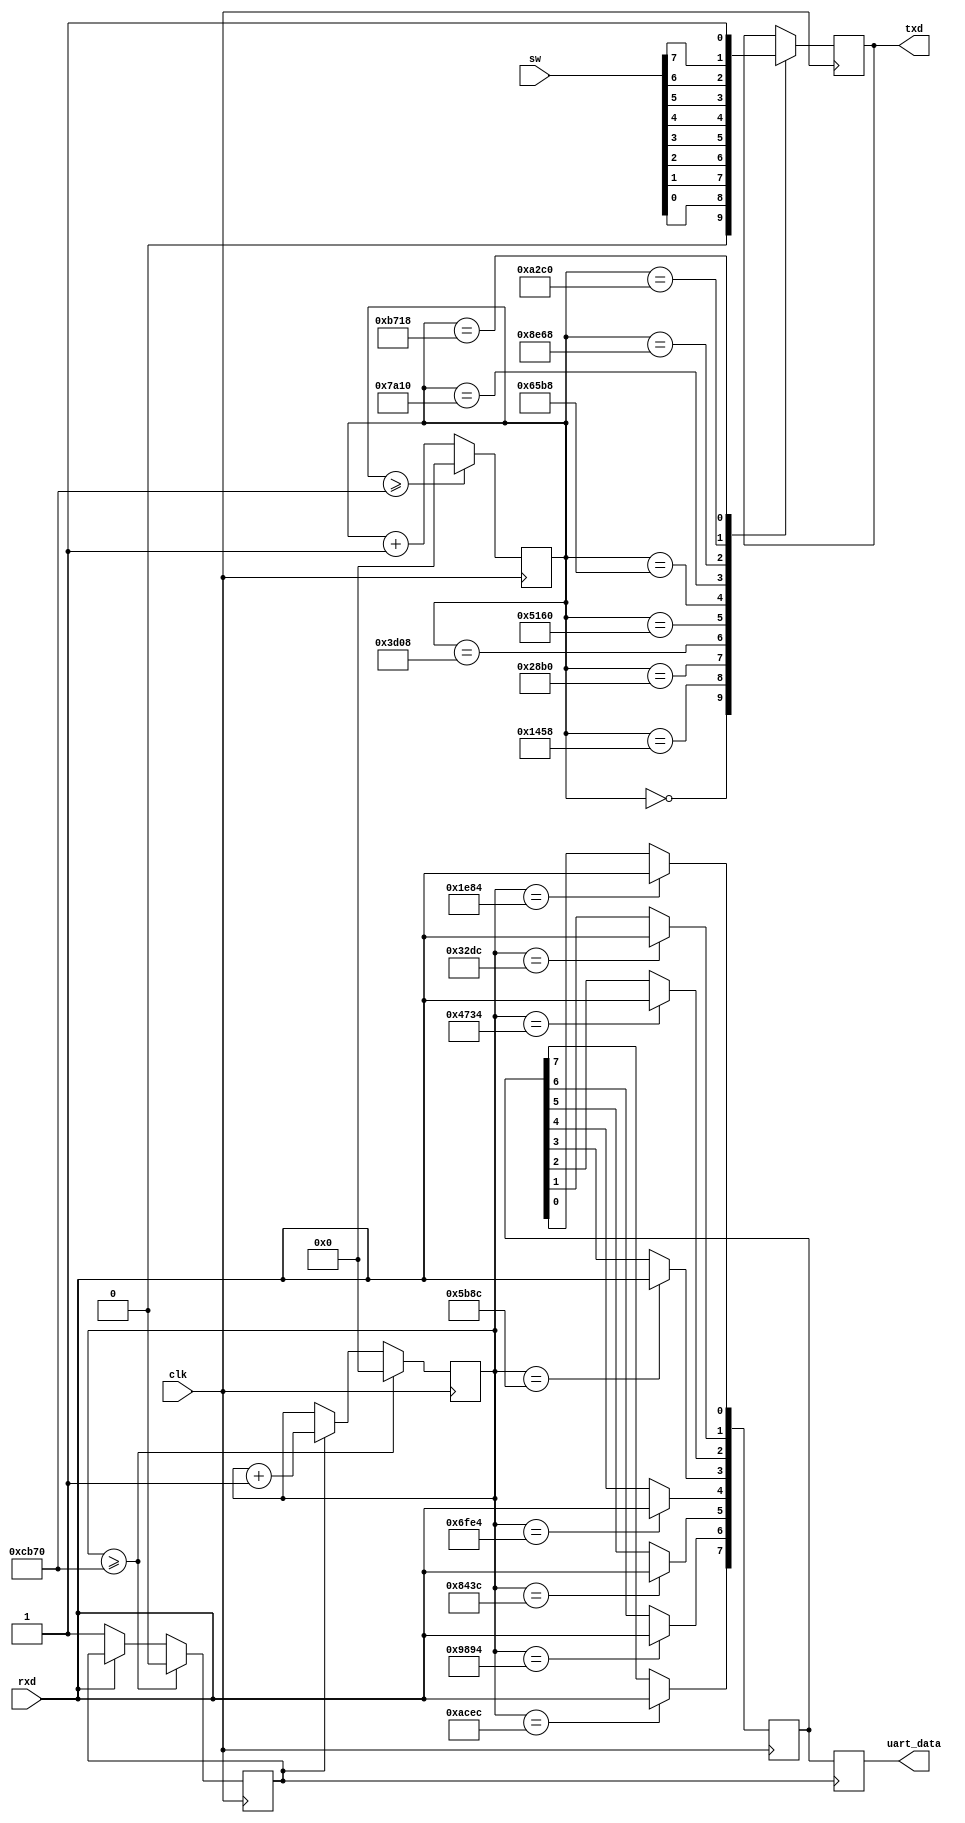
`timescale 1ns / 1ps

module uart(
	input clk,
	input rxd,
	input [7:0]sw,
	output reg txd,
	output reg[7:0]uart_data
    );
	 
`define start_data 0
`define stop_data 1
`define clock 50_000_000
`define bit_value 9600 //1200,4800,9600,115200
parameter hz=`clock/`bit_value;
reg [7:0]out = 0;
reg [31:0]i = 0;
reg [31:0]j = 0;
reg rxd_busy = 0;

always@(posedge clk)begin //rx
	if(~rxd) rxd_busy <= 1;
	if(rxd_busy) i <= i+1;
	case(i)
		hz/2+hz*1: out[0] <= rxd;
		hz/2+hz*2: out[1] <= rxd;
		hz/2+hz*3: out[2] <= rxd;
		hz/2+hz*4: out[3] <= rxd;
		hz/2+hz*5: out[4] <= rxd;
		hz/2+hz*6: out[5] <= rxd;
		hz/2+hz*7: out[6] <= rxd;
		hz/2+hz*8: out[7] <= rxd;
	endcase
	if(i>=hz*10)begin
		rxd_busy <= 0;
		i <= 0;
	end
end

always@(negedge rxd_busy) uart_data <= {out[7:0]};


always@(posedge clk)begin //tx
		j <= j+1;
		case(j)
			0: txd <= 0;
			hz*1: txd <= sw[0];
			hz*2: txd <= sw[1];
			hz*3: txd <= sw[2];
			hz*4: txd <= sw[3];
			hz*5: txd <= sw[4];
			hz*6: txd <= sw[5];
			hz*7: txd <= sw[6];
			hz*8: txd <= sw[7];
			hz*9: txd <= 1;
		endcase
		if(j>=hz*10) 
			j <= 0;
end

endmodule